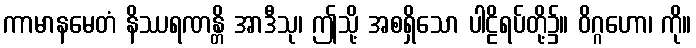
ကာမာနမေတံ နိဿရဏန္တိ အာဒီသု၊ ဤသို့ အစရှိသော ပါဠိရပ်တို့၌။ ဝိဂ္ဂဟော၊ ကို။